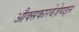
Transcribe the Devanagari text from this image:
औक्सकारबेज़ेपाइन